Vaccination in Bombay 1863-1868 - 1863-1868
Year: 1863
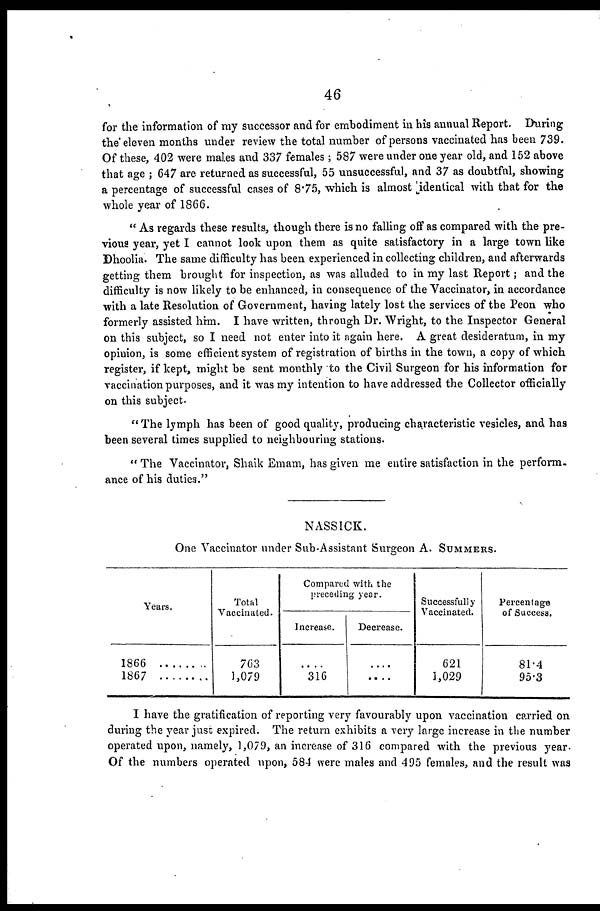
46
for the information of my successor and for embodiment in his annual Report. During
the eleven months under review the total number of persons vaccinated has been 739.
Of these, 402 were males and 337 females; 587 were under one year old, and 152 above
that age ; 647 are returned as successful, 55 unsuccessful, and 37 as doubtful, showing
a percentage of successful cases of 8.75, which is almost identical with that for the
whole year of 1866.
" As regards these results, though there is no falling off as compared with the pre-
vious year, yet I cannot look upon them as quite satisfactory in a large town like
Dhoolia. The same difficulty has been experienced in collecting children, and afterwards
getting them brought for inspection, as was alluded to in my last Report; and the
difficulty is now likely to be enhanced, in consequence of the Vaccinator, in accordance
with a late Resolution of Government, having lately lost the services of the Peon who
formerly assisted him. I have written, through Dr. Wright, to the Inspector General
on this subject, so I need not enter into it again here. A great desideratum, in my
opinion, is some efficient system of registration of births in the town, a copy of which
register, if kept, might be sent monthly to the Civil Surgeon for his information for
vaccination purposes, and it was my intention to have addressed the Collector officially
on this subject.
" The lymph has been of good quality, producing characteristic vesicles, and has
been several times supplied to neighbouring stations.
" The Vaccinator, Shaik Emam, has given me entire satisfaction in the perform¬
ance of his duties."
NASSICK.
One Vaccinator under Sub-Assistant Surgeon A. SUMMERS.
Years.
1866 ........
1867
Total
Vaccinated.
763
1,079
Compared with the
preceding year.
Increase.
....
316
Decrease.
....
....
Successfully
Vaccinated.
621
3,029
Percentage
of Success.
81.4
95.3
I have the gratification of reporting very favourably upon vaccination carried on
during the year just expired. The return exhibits a very large increase in the number
operated upon, namely, 1,079, an increase of 316 compared with the previous year.
Of the numbers operated upon, 584 were males and 495 females, and the result was